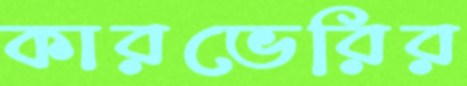
কারভেরির